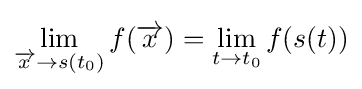
\lim _{{\overrightarrow {x}}\to s(t_{0})}f({\overrightarrow {x}})=\lim _{t\to t_{0}}f(s(t))